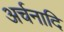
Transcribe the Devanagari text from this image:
अर्चनादि